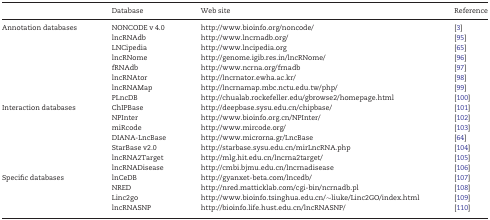
<table><thead><tr><td></td><td><b>Database</b></td><td><b>Web site</b></td><td><b>Reference</b></td></tr></thead><tbody><tr><td rowspan="8">Annotation databases</td><td>NONCODE v 4.0</td><td>http://www.bioinfo.org/noncode/</td><td>[3]</td></tr><tr><td>lncRNAdb</td><td>http://www.lncrnadb.org/</td><td>[95]</td></tr><tr><td>LNCipedia</td><td>http://www.lncipedia.org</td><td>[65]</td></tr><tr><td>lncRNome</td><td>http://genome.igib.res.in/lncRNome/</td><td>[96]</td></tr><tr><td>fRNAdb</td><td>http://www.ncrna.org/frnadb</td><td>[97]</td></tr><tr><td>lncRNAtor</td><td>http://lncrnator.ewha.ac.kr/</td><td>[98]</td></tr><tr><td>lncRNAMap</td><td>http://lncrnamap.mbc.nctu.edu.tw/php/</td><td>[99]</td></tr><tr><td>PLncDB</td><td>http://chualab.rockefeller.edu/gbrowse2/homepage.html</td><td>[100]</td></tr><tr><td rowspan="7">Interaction databases</td><td>ChIPBase</td><td>http://deepbase.sysu.edu.cn/chipbase/</td><td>[101]</td></tr><tr><td>NPInter</td><td>http://www.bioinfo.org.cn/NPInter/</td><td>[102]</td></tr><tr><td>miRcode</td><td>http://www.mircode.org/</td><td>[103]</td></tr><tr><td>DIANA-LncBase</td><td>http://www.microrna.gr/LncBase</td><td>[64]</td></tr><tr><td>StarBase v2.0</td><td>http://starbase.sysu.edu.cn/mirLncRNA.php</td><td>[104]</td></tr><tr><td>lncRNA2Target</td><td>http://mlg.hit.edu.cn/lncrna2target/</td><td>[105]</td></tr><tr><td>lncRNADisease</td><td>http://cmbi.bjmu.edu.cn/lncrnadisease</td><td>[106]</td></tr><tr><td rowspan="4">Specific databases</td><td>lnCeDB</td><td>http://gyanxet-beta.com/lncedb/</td><td>[107]</td></tr><tr><td>NRED</td><td>http://nred.matticklab.com/cgi-bin/ncrnadb.pl</td><td>[108]</td></tr><tr><td>Linc2go</td><td>http://www.bioinfo.tsinghua.edu.cn/∼liuke/Linc2GO/index.html</td><td>[109]</td></tr><tr><td>lncRNASNP</td><td>http://bioinfo.life.hust.edu.cn/lncRNASNP/</td><td>[110]</td></tr></tbody></table>